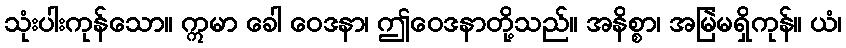
သုံးပါးကုန်သော။ ဣမာ ခေါ ဝေဒနာ၊ ဤဝေဒနာတို့သည်။ အနိစ္စာ၊ အမြဲမရှိကုန်။ ယံ၊